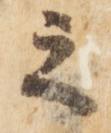
之